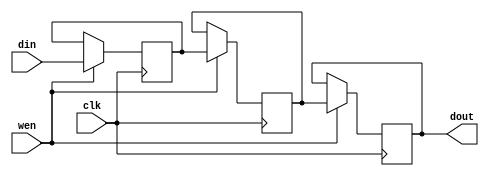
module fifo316 (clk, wen, din, dout);
	parameter WIDTH = 4'b1000;
    input clk; 
    input wen; 
    input[WIDTH - 1:0] din; 
    output[WIDTH - 1:0] dout; 
    reg[WIDTH - 1:0] dout;
    reg[WIDTH-1:0]buff1; 
    reg[WIDTH-1:0]buff2; 
    always @(posedge clk)
    begin
		if (wen == 1'b1)
		begin
			buff1 <= din;
			buff2 <= buff1;
			dout <= buff2;
		end
	end
endmodule